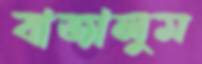
বাজালুম